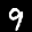
Label: 9